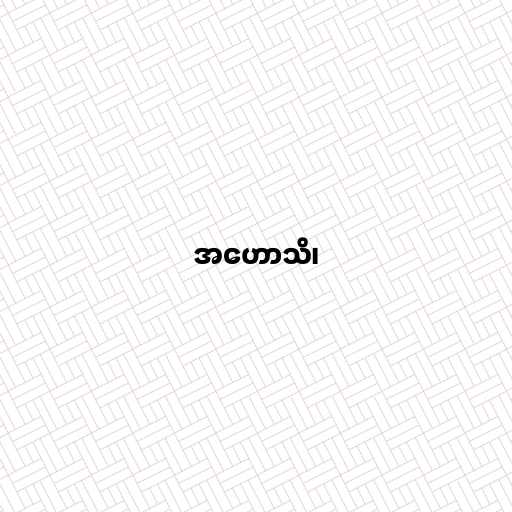
အဟောသိ၊